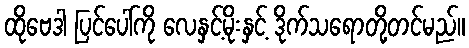
ထိုဗေဒါ ပြင်ပေါ်ကို လေနှင့်မိုးနှင့် ဒိုက်သရောတို့တင်မည်။